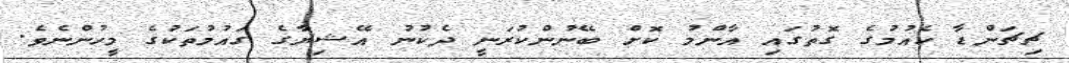
ޗިޗަންޑާ ކެއުމުގެ ގޮތުގައި އާންމު ކޮށް ބޭނުންކުރަނީ ދެކުނު އޭޝިޔާގެ ގައުމުތަކުގެ މީހުންނެވެ.